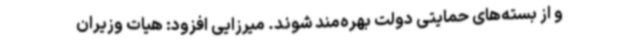
و از بسته‌های حمایتی دولت بهره‌مند شوند. میرزایی افزود: هیات وزیران